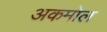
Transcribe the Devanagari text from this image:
अकमोल